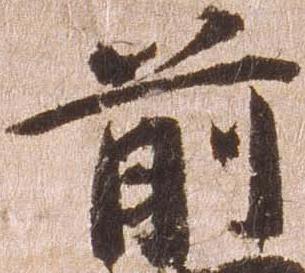
前